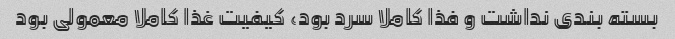
بسته بندی نداشت و فذا کاملا سرد بود، کیفیت غذا کاملا معمولی بود